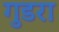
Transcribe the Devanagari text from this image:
गुडरा